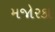
મજોરકા